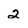
Character: 2